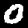
Label: 0